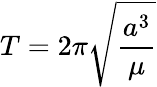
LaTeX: T=2\pi{\sqrt{\frac{a^{3}}{\mu}}}